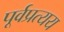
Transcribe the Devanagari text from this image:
पूर्वप्रत्यय